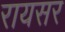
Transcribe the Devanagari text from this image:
रायसर